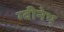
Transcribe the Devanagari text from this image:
ग्वीनेथ